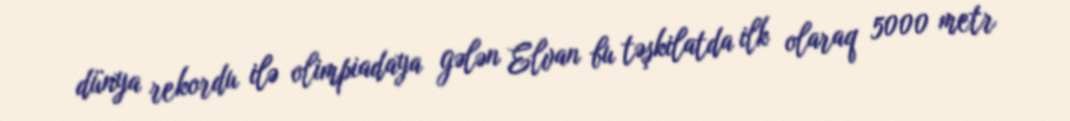
dünya rekordu ilə olimpiadaya gələn Elvan bu təşkilatda ilk olaraq 5000 metr